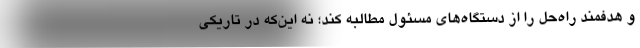
و هدفمند راه‌حل را از دستگاه‌های مسئول مطالبه کند؛ نه این‌که در تاریکی